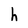
Character: h